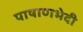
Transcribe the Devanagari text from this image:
पाषाणभेदी